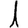
Digit: 1